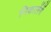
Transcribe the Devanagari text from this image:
निकालेंगें